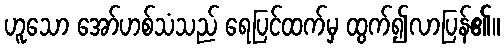
ဟူသော အော်ဟစ်သံသည် ရေပြင်ထက်မှ ထွက်၍လာပြန်၏။